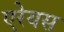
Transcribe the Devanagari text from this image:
एरेयस